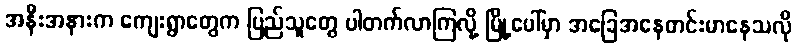
အနီးအနားက ကျေးရွာတွေက ပြည်သူတွေ ပါတက်လာကြလို့ မြို့ပေါ်မှာ အခြေအနေတင်းမာနေသလို